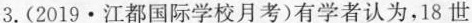
3.(2019\cdot 江都国际学校月考)有学者认为，18世